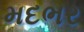
મદભર